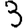
Digit: 3